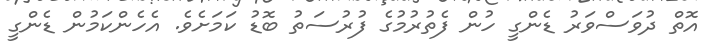
އޮތް ދުވަސްވަރު ޑެންގީ ހުން ފެތުރުމުގެ ފުރުސަތު ބޮޑު ކަމަށެވެ. އެހެންކަމުން ޑެންގީ